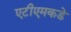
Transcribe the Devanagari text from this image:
एटीएमकडे